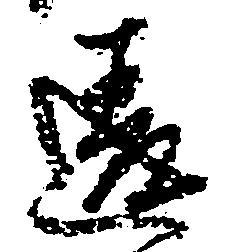
違